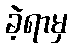
ခဲ့ရာမှ